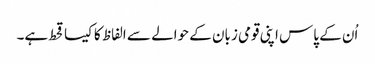
اُن کے پاس اپنی قومی زبان کے حوالے سے الفاظ کا کیسا قحط ہے۔